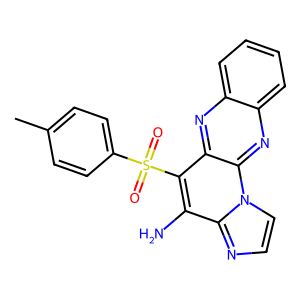
SMILES: Cc1ccc(S(=O)(=O)c2c(N)c3nccn3c3nc4ccccc4nc23)cc1
Inhibits HIV replication: No